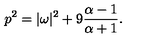
p ^ { 2 } = | \omega | ^ { 2 } + 9 { \frac { \alpha - 1 } { \alpha + 1 } } .